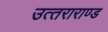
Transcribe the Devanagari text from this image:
उत्‍तराराण्‍ड